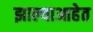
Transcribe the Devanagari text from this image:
झाल्याआहेत